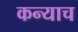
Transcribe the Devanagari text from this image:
कन्याच